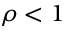
\rho < 1